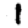
Digit: 1